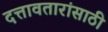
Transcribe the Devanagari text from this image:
दत्तावतारांसाठी